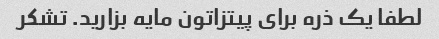
لطفا یک ذره برای پیتزاتون مایه بزارید. تشکر